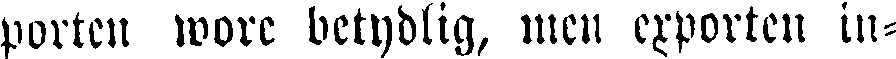
porten wore betydlig, men exporten in-